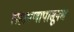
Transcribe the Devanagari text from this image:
लहापणापासूनच